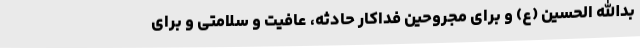
بدالله الحسین (ع) و برای مجروحین فداکار حادثه، عافیت و سلامتی و برای